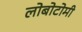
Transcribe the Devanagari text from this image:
लोबोटोमी